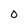
Character: 0